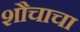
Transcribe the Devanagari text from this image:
शौचाचा